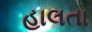
હાલતા